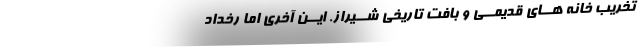
تخریب خانه هــای قدیمــی و بافت تاریخی شــیراز. ایــن آخری اما رخداد